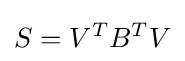
S=V^{T}B^{T}V